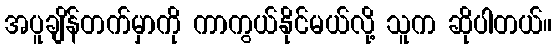
အပူချိန်တက်မှာကို ကာကွယ်နိုင်မယ်လို့ သူက ဆိုပါတယ်။